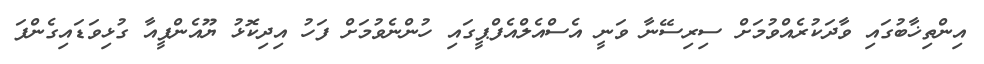
އިންތިޚާބުގައި ވާދަކުރެއްވުމަށް ސިރިސޭނާ ވަނީ އެސްއެލްއެފްޕީގައި ހުންނެވުމަށް ފަހު އިދިކޮޅު ޔޫއެންޕީއާ ގުޅިވަޑައިގެންފަ